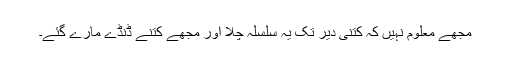
مجھے معلوم نہیں کہ کتنی دیر تک یہ سلسلہ چلا اور مجھے کتنے ڈنڈے مارے گئے۔